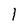
Character: l